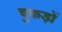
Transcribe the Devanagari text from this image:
चुकड़ों